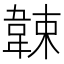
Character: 𩎯